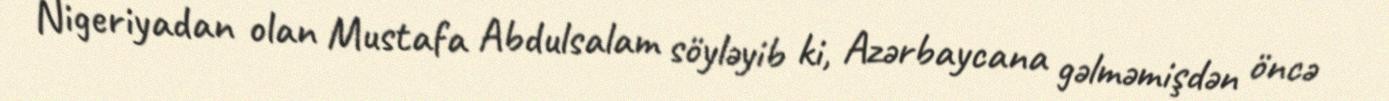
Nigeriyadan olan Mustafa Abdulsalam söyləyib ki, Azərbaycana gəlməmişdən öncə